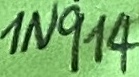
Text: 1N914